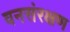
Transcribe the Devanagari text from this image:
वनसंरक्षण